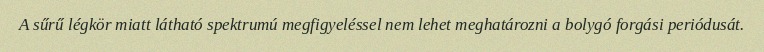
A sűrű légkör miatt látható spektrumú megfigyeléssel nem lehet meghatározni a bolygó forgási periódusát.